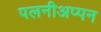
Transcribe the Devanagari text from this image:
पलनीअप्पन